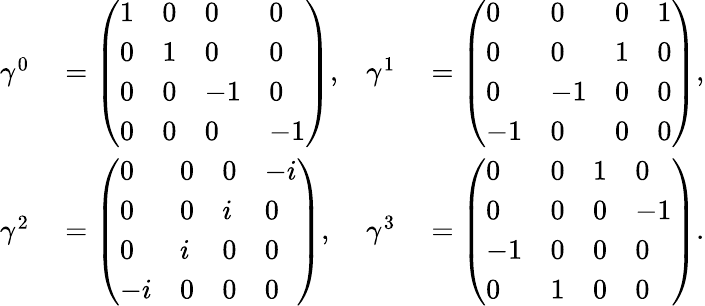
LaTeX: \begin{array}{rlrl}{\gamma^{0}}&{{}={\left(\begin{array}{llll}{1}&{0}&{0}&{0}\\ {0}&{1}&{0}&{0}\\ {0}&{0}&{-1}&{0}\\ {0}&{0}&{0}&{-1}\end{array}\right)},}&{\gamma^{1}}&{{}={\left(\begin{array}{llll}{0}&{0}&{0}&{1}\\ {0}&{0}&{1}&{0}\\ {0}&{-1}&{0}&{0}\\ {-1}&{0}&{0}&{0}\end{array}\right)},}\\ {\gamma^{2}}&{{}={\left(\begin{array}{llll}{0}&{0}&{0}&{-i}\\ {0}&{0}&{i}&{0}\\ {0}&{i}&{0}&{0}\\ {-i}&{0}&{0}&{0}\end{array}\right)},}&{\gamma^{3}}&{{}={\left(\begin{array}{llll}{0}&{0}&{1}&{0}\\ {0}&{0}&{0}&{-1}\\ {-1}&{0}&{0}&{0}\\ {0}&{1}&{0}&{0}\end{array}\right)}.}\end{array}